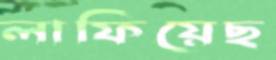
লাফিয়েছ